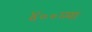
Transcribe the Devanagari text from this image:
४००व्या